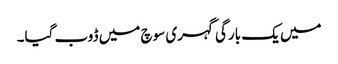
میں یک بارگی گہری سوچ میں ڈوب گیا۔